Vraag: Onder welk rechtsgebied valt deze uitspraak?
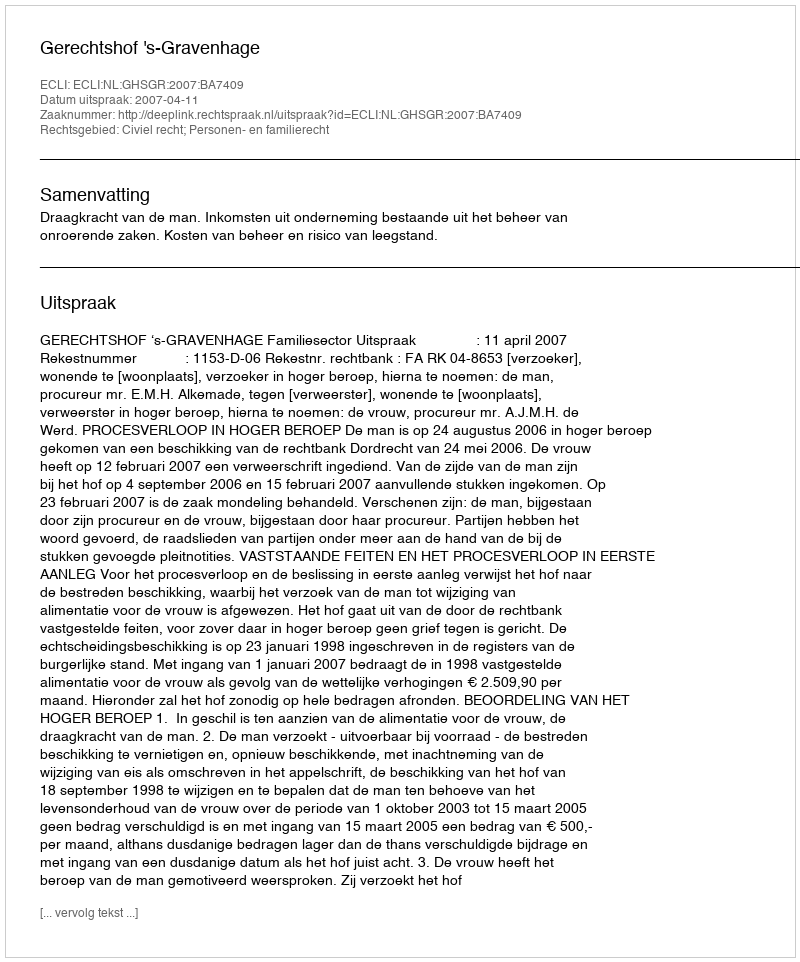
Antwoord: Civiel recht; Personen- en familierecht